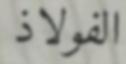
الفولاذ